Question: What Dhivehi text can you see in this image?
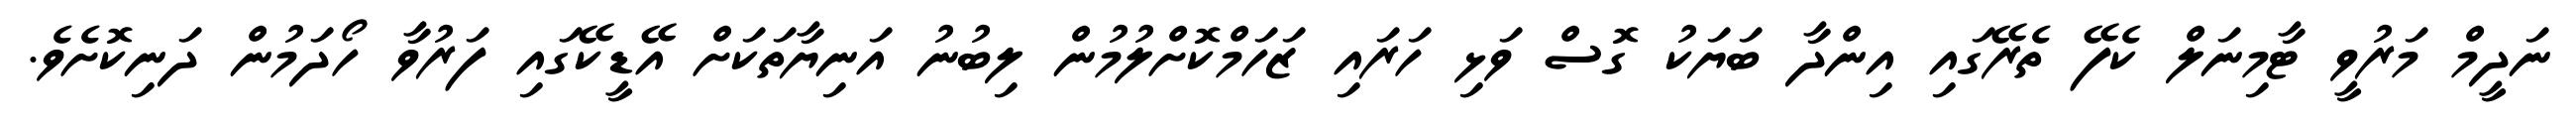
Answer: ނަދީމް މަރުވީ ޓާމިނަލް ކެފޭ ތެރޭގައި އިންދާ ބަޔަކު ގޮސް ވަޅި ހަރައި ޒަހަމްކޮށްލުމުން ލިބުނު އަނިޔާތަކަށް އޭޑީކޭގައި ފަރުވާ ހޯދަމުން ދަނިކޮށެވެ.